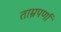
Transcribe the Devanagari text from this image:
ताम्रपर्णा